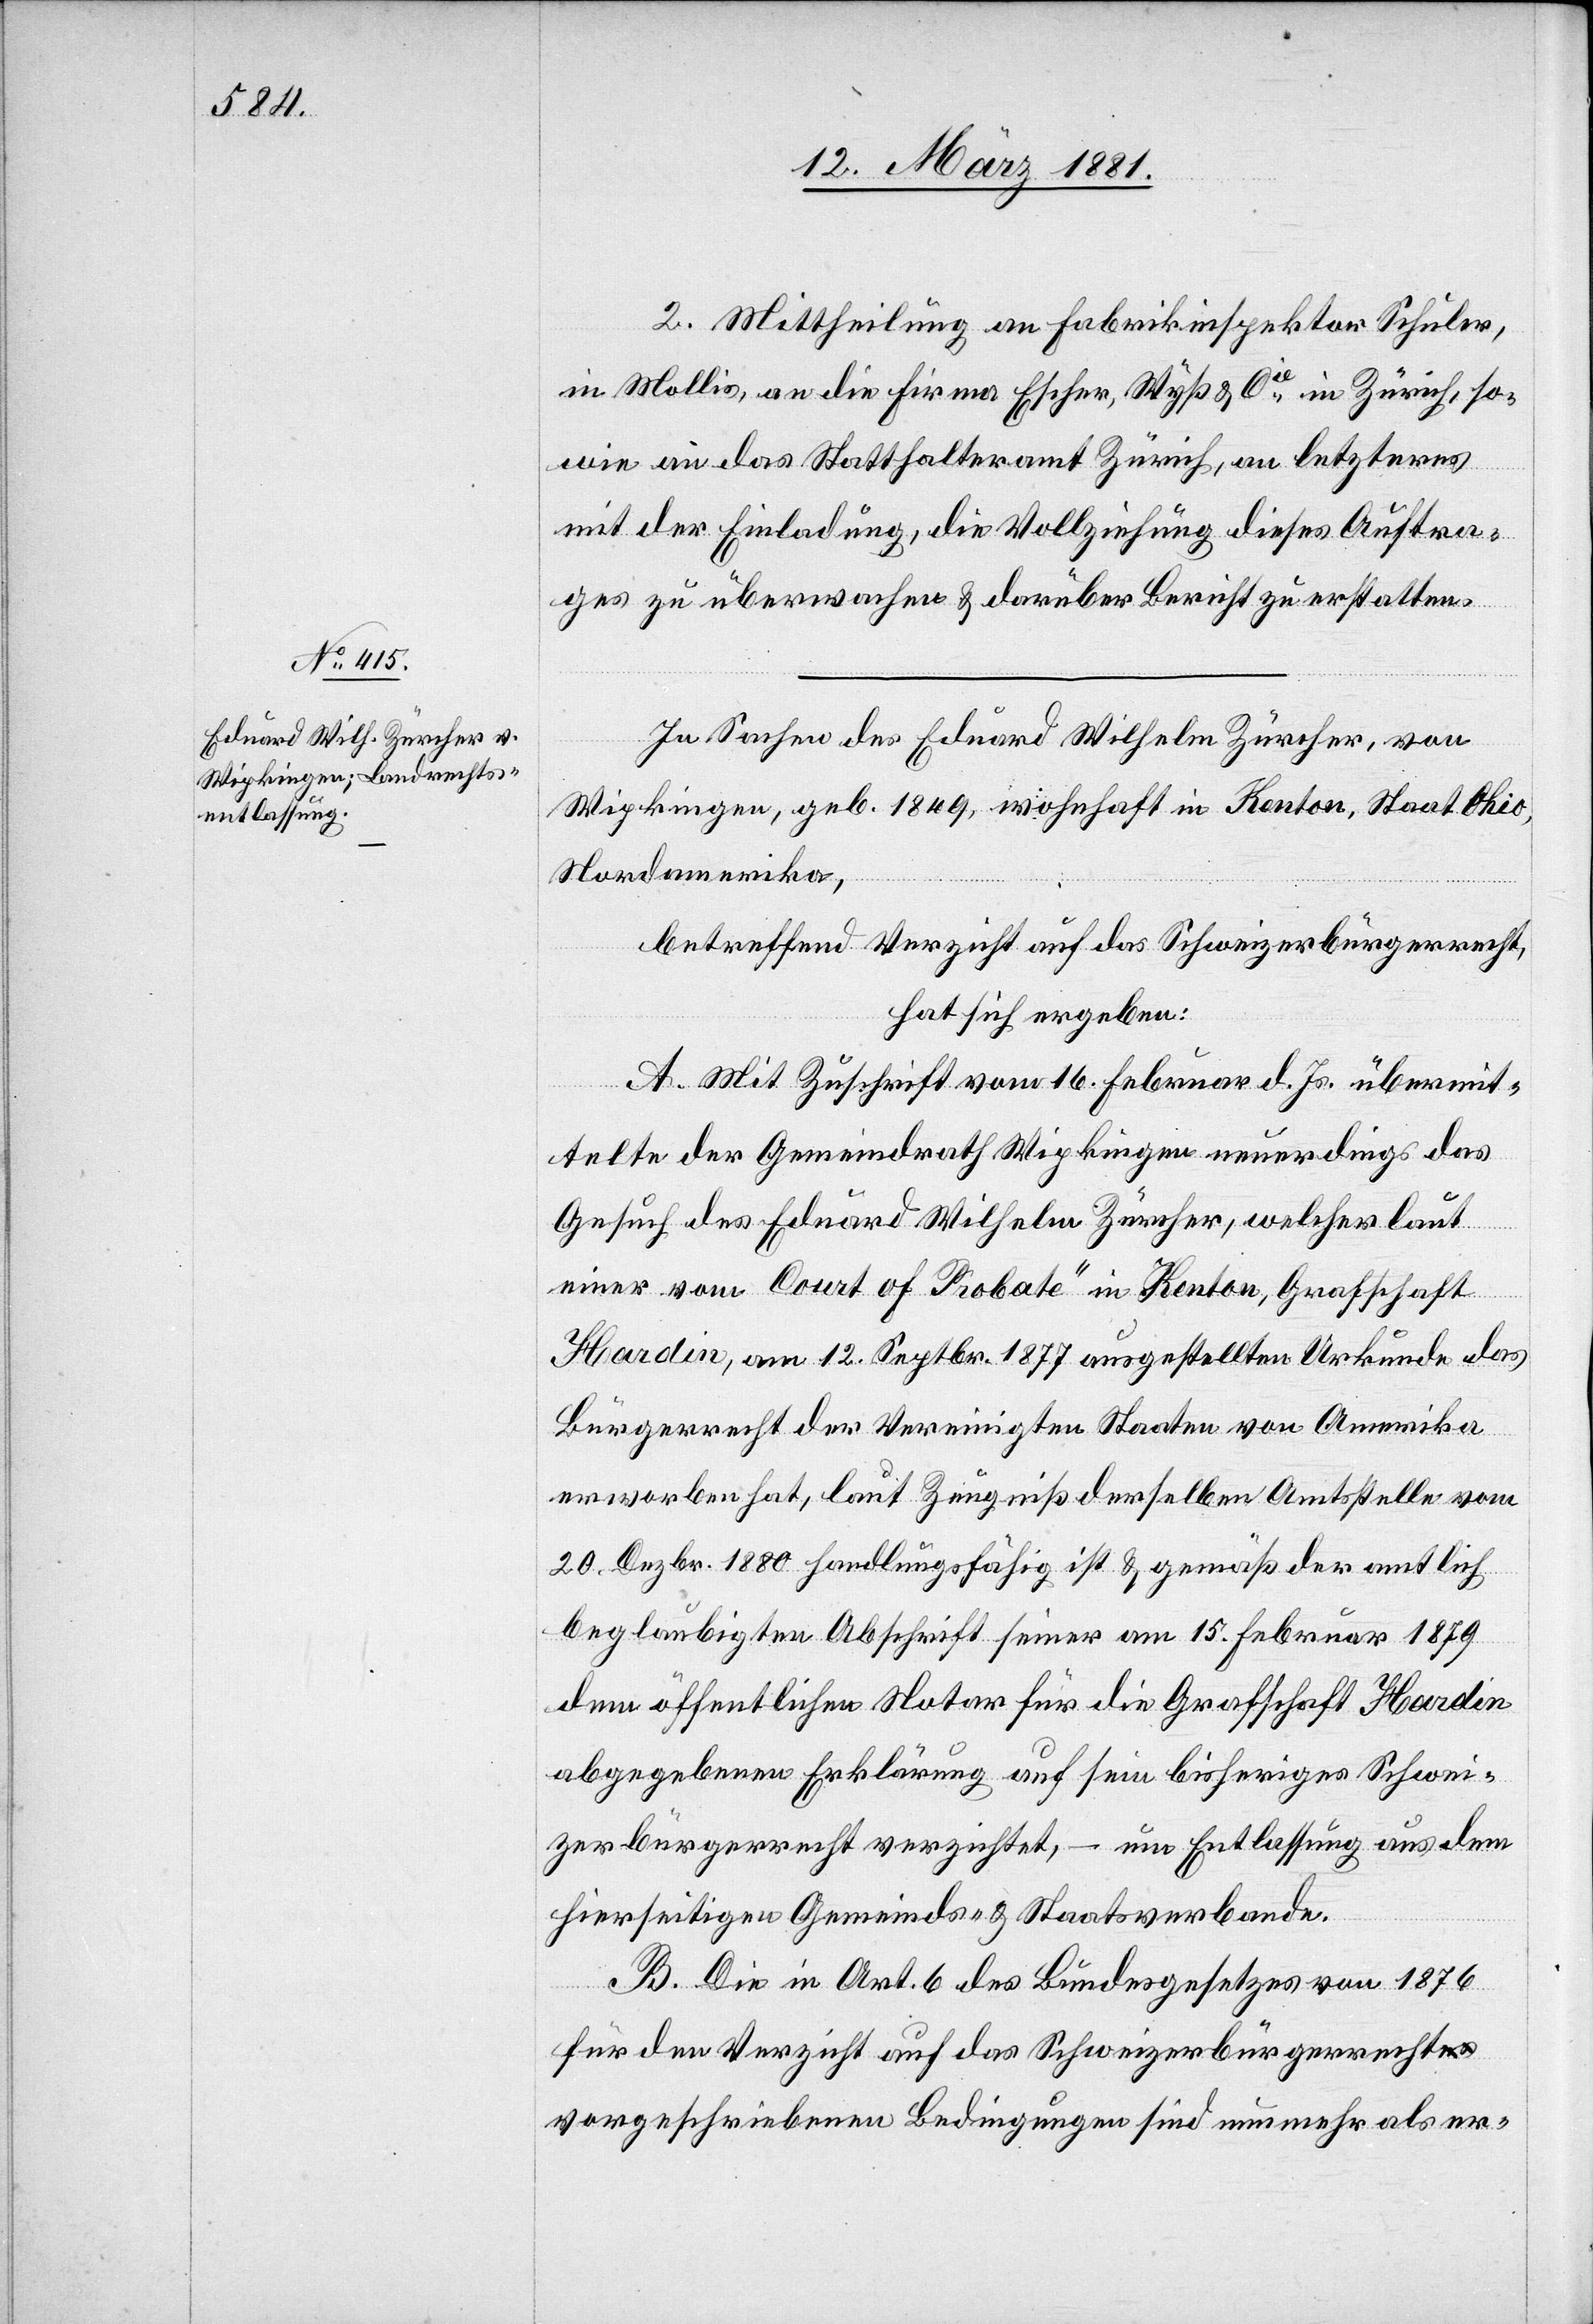
II. Mittheilung an Fabrikinspektor Schuler,
in Mollis, an die Firma Escher, Wyß & Cie in Zürich, so¬
wie an das Statthalteramt Zürich, an letzteres
mit der Einladung, die Vollziehung dieses Auftra¬
ges zu überwachen & darüber Bericht zu erstatten.
In Sachen des Eduard Wilhelm Zürcher, von
Wipkingen, geb. 1849, wohnhaft in Kenton, Staat Ohio,
Nordamerika,
betreffend Verzicht auf das Schweizerbürgerrecht,
hat sich ergeben:
A. Mit Zuschrift vom 16. Februar d. Js. übermit¬
telte der Gemeindrath Wipkingen neuerdings das
Gesuch des Eduard Wilhelm Zürcher, welcher laut
einer vom „Court of Piobate“ in Kenton, Grafschaft
Hardin, am 12. Septbr. 1877 ausgestellten Urkunde das
Bürgerrecht der Vereinigten Staaten von Amerika
erworben hat, laut Zeugniß derselben Amtsstelle vom
20. Dezbr. 1880 handlungsfähig ist & gemäß der amtlich
beglaubigten Abschrift seiner am 15. Februar 1879
dem öffentlichen Notar für die Grafschaft Hardin
abgegebenen Erklärung auf sein bisheriges Schwei¬
zerbürgerrecht verzichtet, – um Entlassung aus dem
hierseitigen Gemeinds- & Staatsverbande.
B. Die in Art. 6 des Bundesgesetzes von 1876
für den Verzicht auf das Schweizerbürgerrecht
vorgeschriebenen Bedingungen sind nunmehr als er-